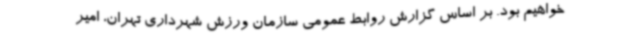
خواهیم بود. بر اساس گزارش روابط عمومی سازمان ورزش شهرداری تهران، امیر